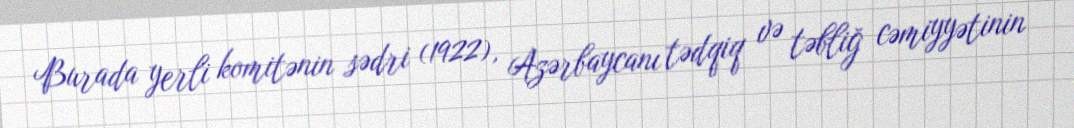
Burada yerli komitənin sədri (1922), Azərbaycanı tədqiq və təbliğ cəmiyyətinin